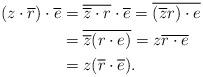
LaTeX: \begin{align*}(z \cdot \overline{r}) \cdot \overline{e} &= \overline{\overline{z} \cdot r} \cdot \overline{e} = \overline{(\overline{z} r) \cdot e} \\&= \overline{\overline{z}( r\cdot e)} = z \overline{r \cdot e} \\&= z (\overline{r} \cdot \overline{e}).\end{align*}